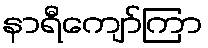
နာရီကျော်ကြာ